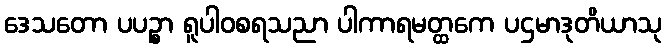
ဒေသတော ပပဉ္စာ ရူပါဝစရသညာ ပါကာရမတ္ထကေ ပဌမာဒုတိယာသု